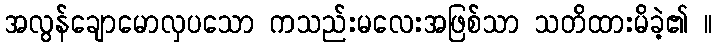
အလွန်ချောမောလှပသော ကသည်းမလေးအဖြစ်သာ သတိထားမိခဲ့၏ ။